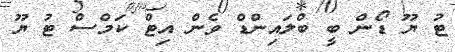
ޓު ޔޫ ޑޯން ބީ ބްލައިންޑް ވެން އިޓް ކަމްސް ޓު ޔޫ